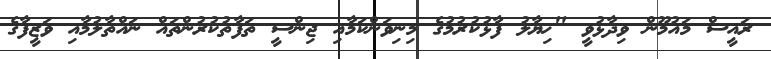
ރައީސް މައުމޫން ވިދާޅުވީ "ޚިޔާލު ފާޅުކުރުމުގެ މިނިވަންކަމާއި ޖިންސީ ތަފާތުކުރުންތައް ނައްތާލުމާއި ވަޒީފާގެ